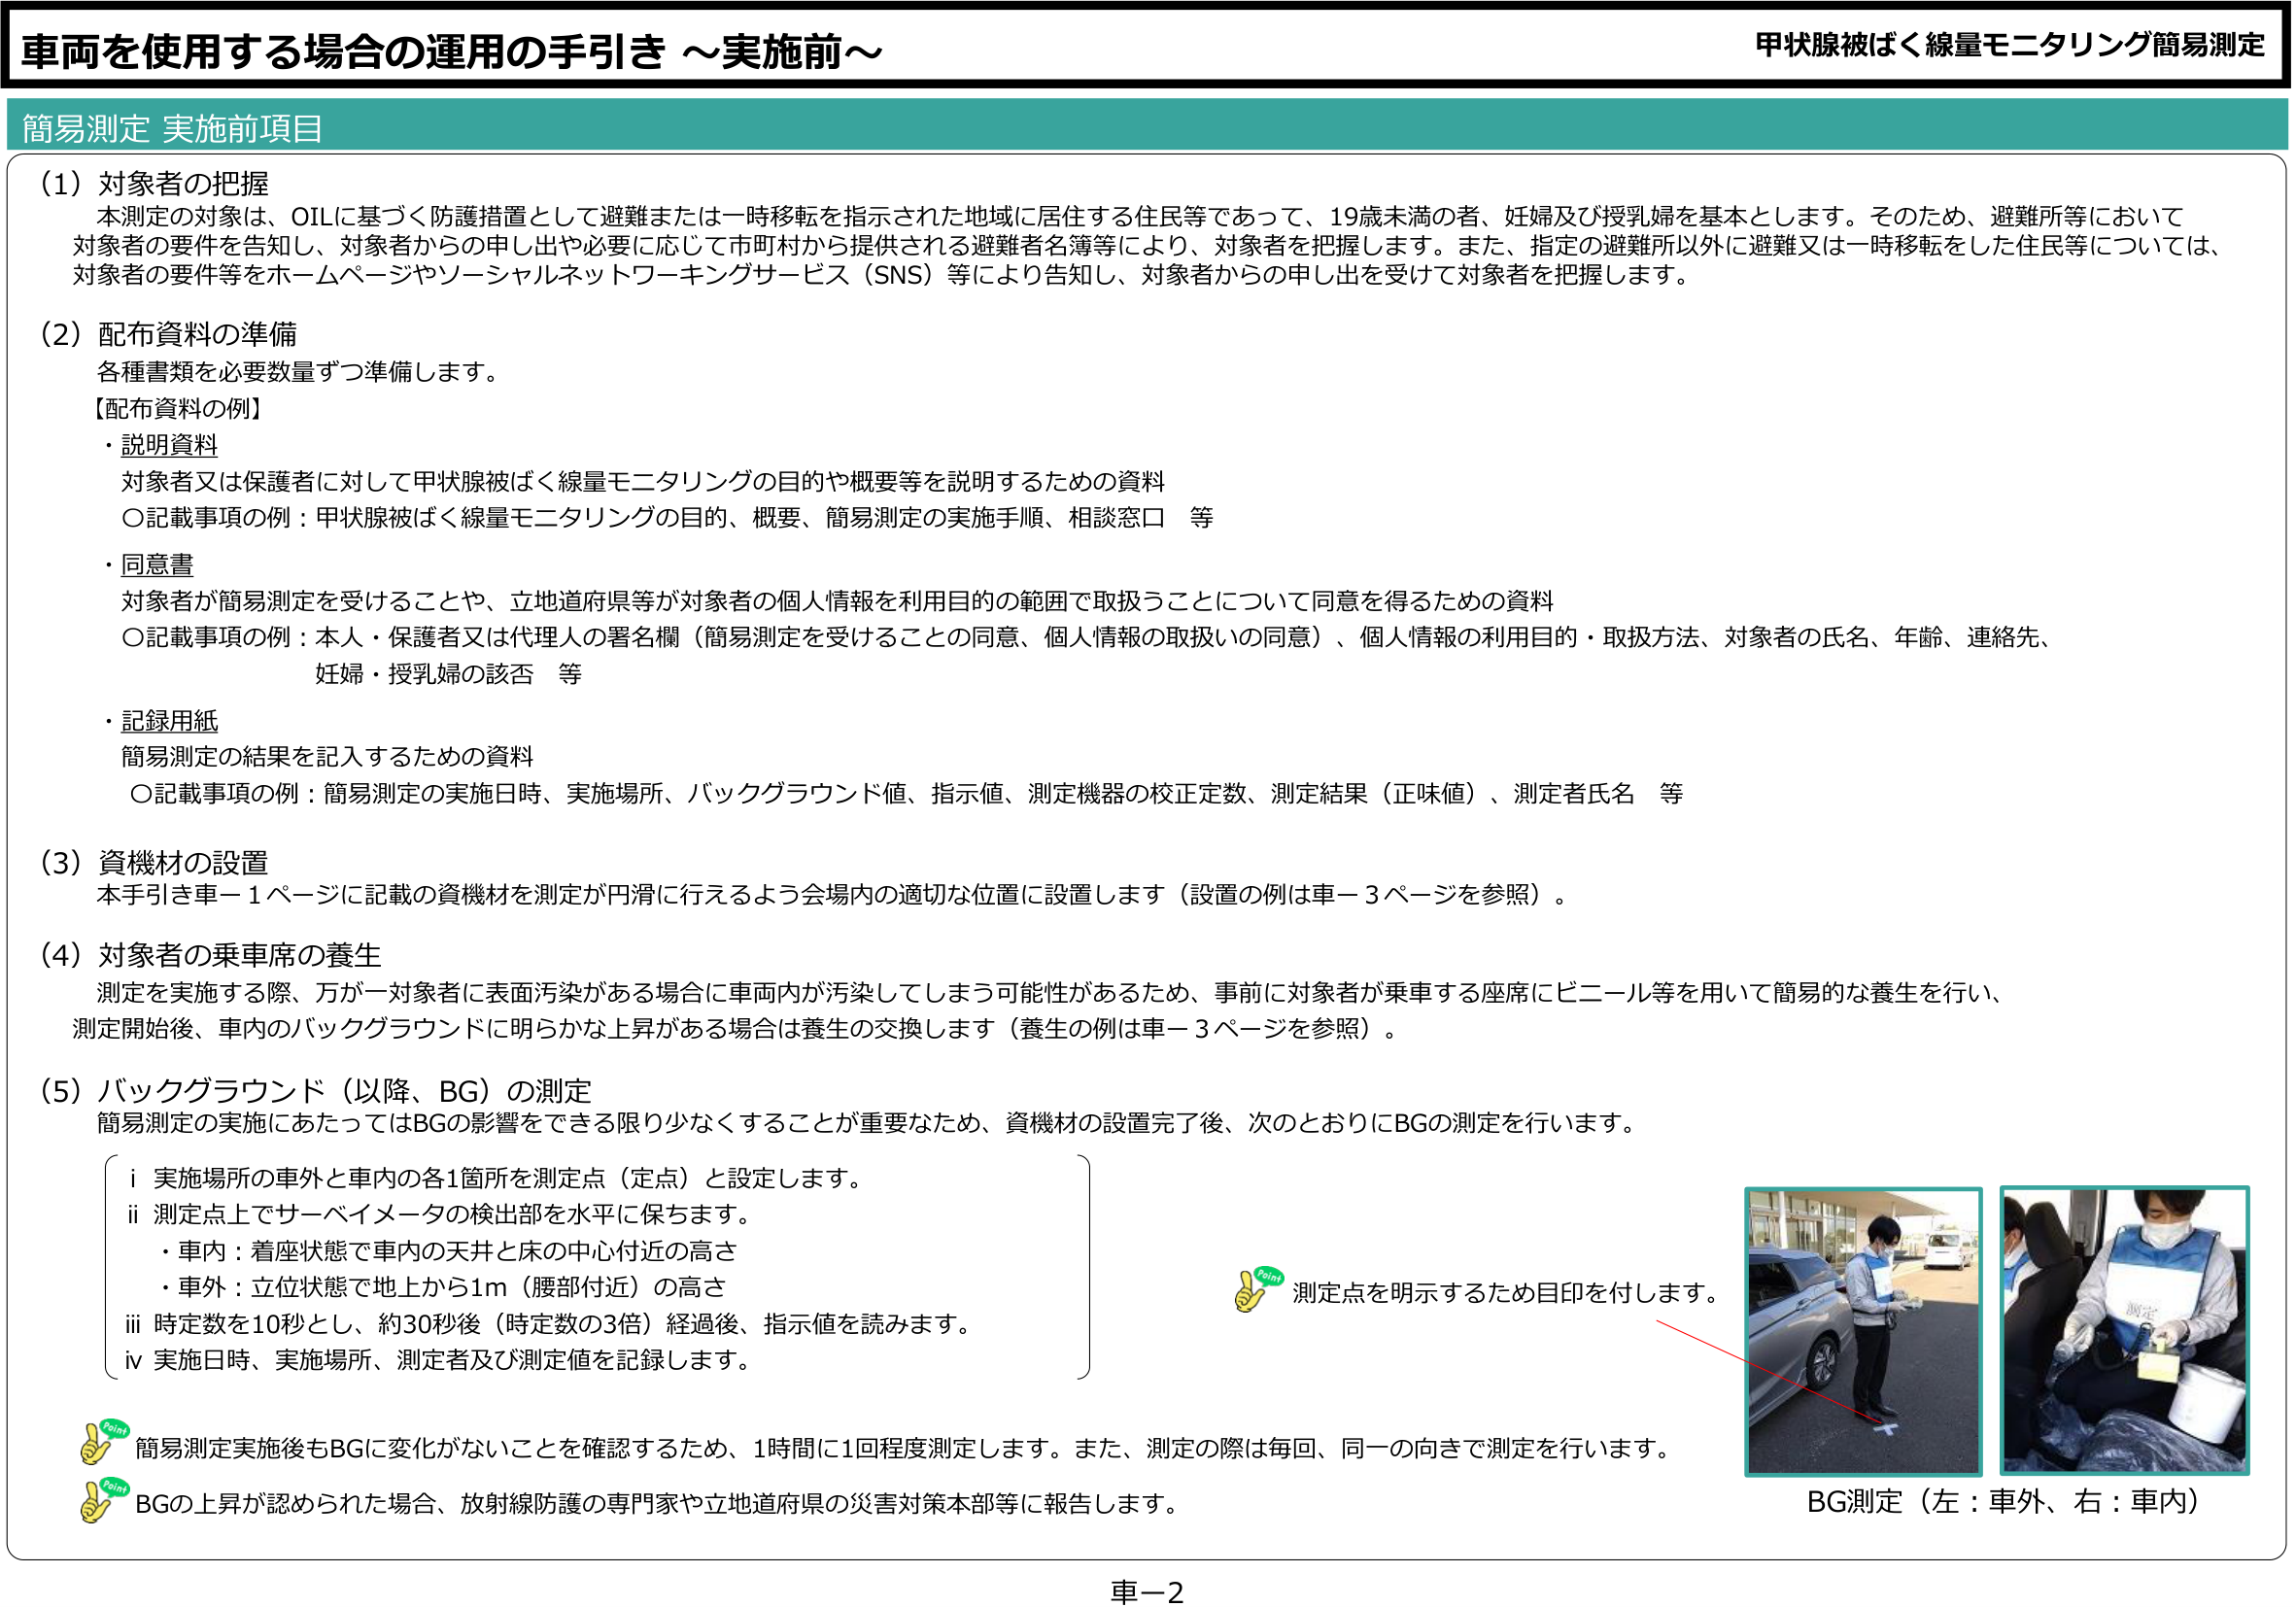
車両を使用する場合の運用の手引き ～実施前～

甲状腺被ばく線量モニタリング簡易測定

簡易測定 実施前項目

（1）対象者の把握
本測定の対象は、OILに基づく防護措置として避難または一時移転を指示された地域に居住する住民等であって、19歳未満の者、妊婦及び授乳婦を基本とします。そのため、避難所等において対象者の要件を告知し、対象者からの申し出や必要に応じて市町村から提供される避難者名簿等により、対象者を把握します。また、指定の避難所以外に避難又は一時移転をした住民等については、対象者の要件等をホームページやソーシャルネットワーキングサービス（SNS）等により告知し、対象者からの申し出を受けて対象者を把握します。

（2）配布資料の準備
各種書類を必要数量ずつ準備します。
【配布資料の例】
・説明資料
対象者又は保護者に対して甲状腺被ばく線量モニタリングの目的や概要等を説明するための資料
〇記載事項の例：甲状腺被ばく線量モニタリングの目的、概要、簡易測定の実施手順、相談窓口 等
・同意書
対象者が簡易測定を受けることや、立地道府県等が対象者の個人情報を利用目的の範囲で取扱うことについて同意を得るための資料
〇記載事項の例：本人・保護者又は代理人の署名欄（簡易測定を受けることの同意、個人情報の取扱いの同意）、個人情報の利用目的・取扱方法、対象者の氏名、年齢、連絡先、妊婦・授乳婦の該否 等
・記録用紙
簡易測定の結果を記入するための資料
〇記載事項の例：簡易測定の実施日時、実施場所、バックグラウンド値、指示値、測定機器の校正定数、測定結果（正味値）、測定者氏名 等

（3）資機材の設置
本手引き車－1ページに記載の資機材を測定が円滑に行えるよう会場内の適切な位置に設置します（設置の例は車－3ページを参照）。

（4）対象者の乗車席の養生
測定を実施する際、万が一対象者に表面汚染がある場合に車両内が汚染してしまう可能性があるため、事前に対象者が乗車する座席にビニール等を用いて簡易的な養生を行い、測定開始後、車内のバックグラウンドに明らかな上昇がある場合は養生の交換します（養生の例は車－3ページを参照）。

（5）バックグラウンド（以降、BG）の測定
簡易測定の実施にあたってはBGの影響をできる限り少なくすることが重要なため、資機材の設置完了後、次のとおりにBGの測定を行います。
　i 実施場所の車外と車内の各1箇所を測定点（定点）と設定します。
　ii 測定点上でサーベイメータの検出部を水平に保ちます。
　　　・車内：着座状態で車内の天井と床の中心付近の高さ
　　　・車外：立位状態で地上から1m（腰部付近）の高さ
　iii 時定数を10秒とし、約30秒後（時定数の3倍）経過後、指示値を読みます。
　iv 実施日時、実施場所、測定者及び測定値を記録します。

Point 測定点を明示するため目印を付します。

Point 簡易測定実施後もBGに変化がないことを確認するため、1時間に1回程度測定します。また、測定の際は毎回、同一の向きで測定を行います。
Point BGの上昇が認められた場合、放射線防護の専門家や立地道府県の災害対策本部等に報告します。

BG測定（左：車外、右：車内）

車－2